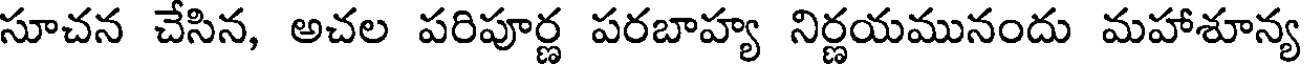
సూచన చేసిన, అచల పరిపూర్ణ పరబాహ్య నిర్ణయమునందు మహాశూన్య